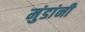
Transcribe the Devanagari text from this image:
मुंडांनी